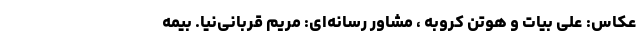
عکاس: علی بیات و هوتن کروبه ، مشاور رسانه‌ای: مریم قربانی‌نیا. بیمه